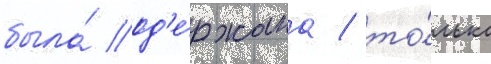
была́ од'е́ржана / то́лько